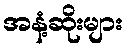
အနံ့ဆိုးများ